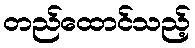
တည်ထောင်သည့်